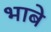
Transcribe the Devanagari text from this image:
भाबे